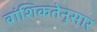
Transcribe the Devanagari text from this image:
वांशिकतेनुसार